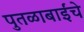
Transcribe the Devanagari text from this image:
पुतळाबाईंचे